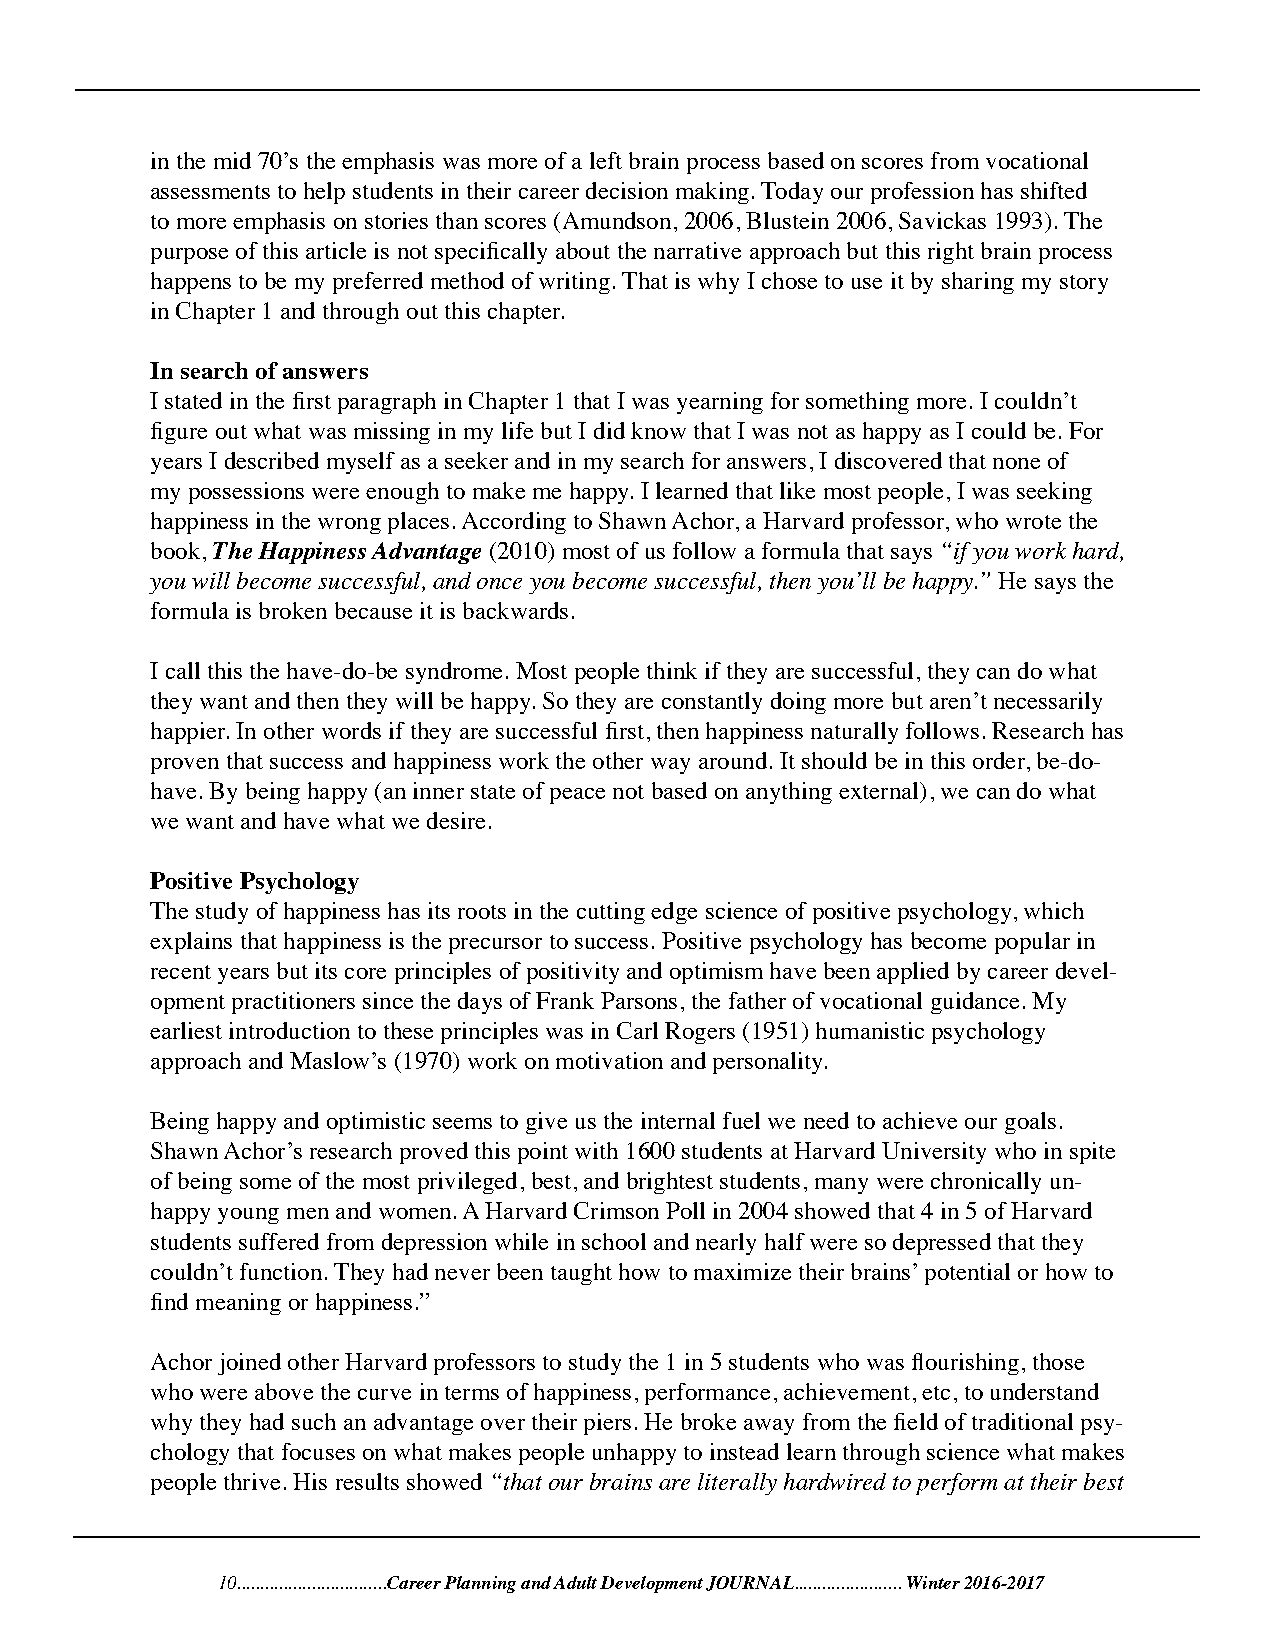
in the mid 70’s the emphasis was more of a left brain process based on scores from vocational
 assessments to help students in their career decision making. Today our profession has shifted
 to more emphasis on stories than scores (Amundson, 2006, Blustein 2006, Savickas 1993). The
 purpose of this article is not specifically about the narrative approach but this right brain process
 happens to be my preferred method of writing. That is why I chose to use it by sharing my story
 in Chapter 1 and through out this chapter.
 In search of answers
 I stated in the first paragraph in Chapter 1 that I was yearning for something more. I couldn’t
 figure out what was missing in my life but I did know that I was not as happy as I could be. For
 years I described myself as a seeker and in my search for answers, I discovered that none of
 my possessions were enough to make me happy. I learned that like most people, I was seeking
 happiness in the wrong places. According to Shawn Achor, a Harvard professor, who wrote the
 book, The Happiness Advantage (2010) most of us follow a formula that says “if you work hard,
 you will become successful, and once you become successful, then you’ll be happy.” He says the
 formula is broken because it is backwards.
 I call this the have-do-be syndrome. Most people think if they are successful, they can do what
 they want and then they will be happy. So they are constantly doing more but aren’t necessarily
 happier. In other words if they are successful first, then happiness naturally follows. Research has
 proven that success and happiness work the other way around. It should be in this order, be-do-
 have. By being happy (an inner state of peace not based on anything external), we can do what
 we want and have what we desire.
 Positive Psychology
 The study of happiness has its roots in the cutting edge science of positive psychology, which
 explains that happiness is the precursor to success. Positive psychology has become popular in
 recent years but its core principles of positivity and optimism have been applied by career devel-
 opment practitioners since the days of Frank Parsons, the father of vocational guidance. My
 earliest introduction to these principles was in Carl Rogers (1951) humanistic psychology
 approach and Maslow’s (1970) work on motivation and personality.
 Being happy and optimistic seems to give us the internal fuel we need to achieve our goals.
 Shawn Achor’s research proved this point with 1600 students at Harvard University who in spite
 of being some of the most privileged, best, and brightest students, many were chronically un-
 happy young men and women. A Harvard Crimson Poll in 2004 showed that 4 in 5 of Harvard
 students suffered from depression while in school and nearly half were so depressed that they
 couldn’t function. They had never been taught how to maximize their brains’ potential or how to
 find meaning or happiness.”
 Achor joined other Harvard professors to study the 1 in 5 students who was flourishing, those
 who were above the curve in terms of happiness, performance, achievement, etc, to understand
 why they had such an advantage over their piers. He broke away from the field of traditional psy-
 chology that focuses on what makes people unhappy to instead learn through science what makes
 people thrive. His results showed “that our brains are literally hardwired to perform at their best
 10................................Career Planning and Adult Development JOURNAL....................... Winter 2016-2017